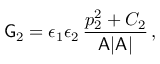
\mathsf { G } _ { 2 } = \epsilon _ { 1 } \epsilon _ { 2 } \, \frac { p _ { 2 } ^ { 2 } + C _ { 2 } } { \mathsf { A } | \mathsf { A } | } \, ,